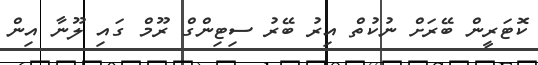
ކޮޓަރީން ބޭރަށް ނުކުތް އިރު ބޭރު ސިޓިންގް ރޫމް ގައި ލޫނާ އިން